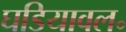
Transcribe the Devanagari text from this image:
घडियावल॰